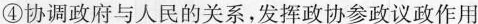
④协调政府与人民的关系，发挥政协参政议政作用